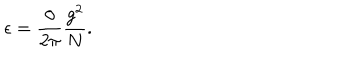
\epsilon = \frac { \theta } { 2 \pi } \frac { g ^ { 2 } } { N } .